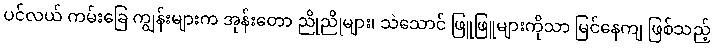
ပင်လယ် ကမ်းခြေ ကျွန်းများက အုန်းတော ညိုညိုများ၊ သဲသောင် ဖြူဖြူများကိုသာ မြင်နေကျ ဖြစ်သည့်